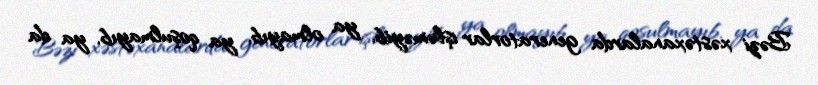
Bəzi xəstəxanalarda generatorlar işləməyib, ya olmayıb, ya qoşulmayıb, ya da